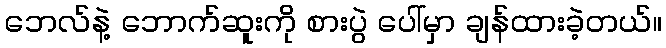
ဘေလ်နဲ့ ဘောက်ဆူးကို စားပွဲ ပေါ်မှာ ချန်ထားခဲ့တယ်။